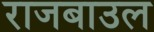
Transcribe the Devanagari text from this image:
राजबाउल